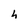
Character: h